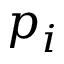
p _ { i }